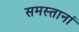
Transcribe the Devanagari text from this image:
समस्तानां